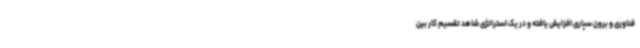
فناوری و برون سپاری افزایش یافته و در یک استراتژی شاهد تقسیم کار بین